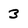
Character: 3